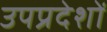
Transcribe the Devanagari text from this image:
उपप्रदेशों